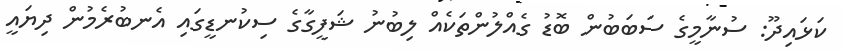
ކަޅައިދޫ: ސުނާމީގެ ސަބަބުން ބޮޑު ގެއްލުންތަކެއް ލިބުނު ޝަފީގާގެ ސިކުނޑީގައި އެނބުރެމުން ދިޔައީ